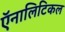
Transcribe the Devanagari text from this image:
ऍनालिटिकल